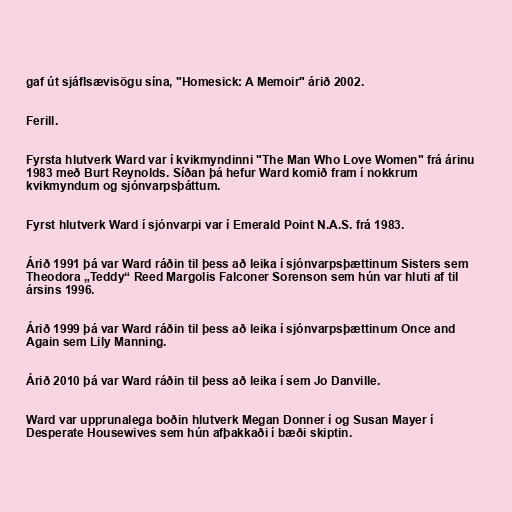
gaf út sjáflsævisögu sína, "Homesick: A Memoir" árið 2002.

Ferill.

Fyrsta hlutverk Ward var í kvikmyndinni "The Man Who Love Women" frá árinu
1983 með Burt Reynolds. Síðan þá hefur Ward komið fram í nokkrum
kvikmyndum og sjónvarpsþáttum.

Fyrst hlutverk Ward í sjónvarpi var í Emerald Point N.A.S. frá 1983.

Árið 1991 þá var Ward ráðin til þess að leika í sjónvarpsþættinum Sisters sem
Theodora „Teddy“ Reed Margolis Falconer Sorenson sem hún var hluti af til
ársins 1996.

Árið 1999 þá var Ward ráðin til þess að leika í sjónvarpsþættinum Once and
Again sem Lily Manning.

Árið 2010 þá var Ward ráðin til þess að leika í sem Jo Danville.

Ward var upprunalega boðin hlutverk Megan Donner í og Susan Mayer í
Desperate Housewives sem hún afþakkaði í bæði skiptin.